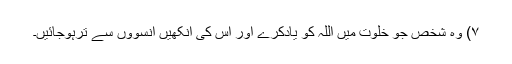
۷) وہ شخص جو خلوت میں اللہ کو یادکرے اور اس کی آنکھیں آنسوؤں سے ترہوجائیں۔